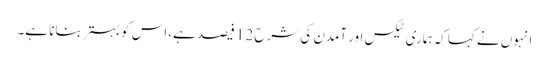
انہوں نے کہاکہ ہماری ٹیکس اور آمدن کی شرح 12 فیصد ہے،اس کو بہتر بنانا ہے۔